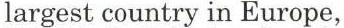
largest country in Europe,